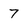
Character: 7